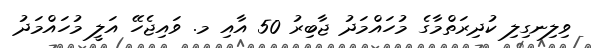
ވިލިނގިލި ކުދިރަތްމާގެ މުހައްމަދު ޖާބިރު 50 އާއި މ. ވައިޖެހޭ އަލީ މުހައްމަދު